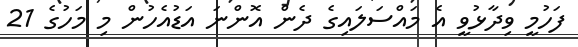
ފަހުމީ ވިދާޅުވީ އެ މައްސަލައިގެ ދެން އޮންނަ އަޑުއެހުން މި މަހުގެ 21